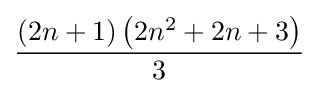
{\frac {(2n+1)\left(2n^{2}+2n+3\right)}{3}}